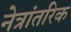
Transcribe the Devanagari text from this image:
नेत्रांतरिक